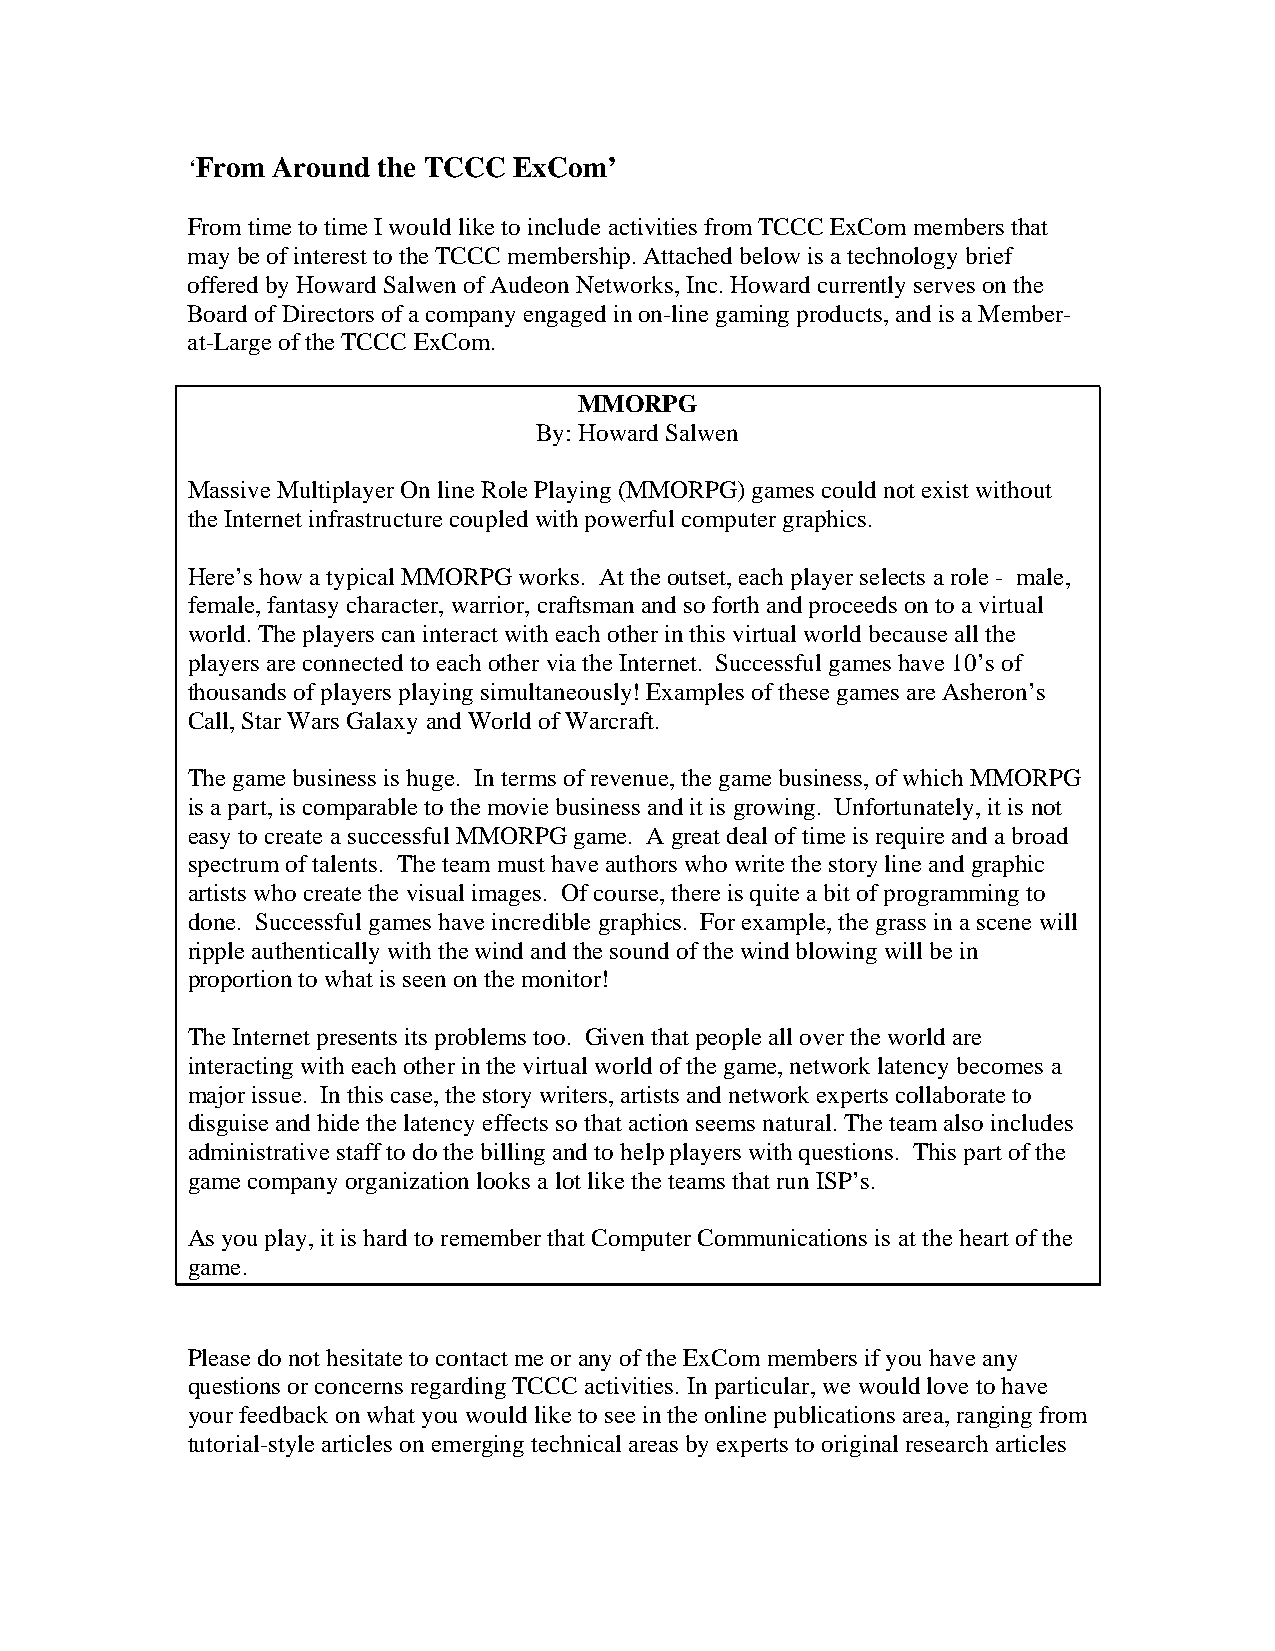
‘From Around the TCCC ExCom’
 From time to time I would like to include activities from TCCC ExCom members that
 may be of interest to the TCCC membership. Attached below is a technology brief
 offered by Howard Salwen of Audeon Networks, Inc. Howard currently serves on the
 Board of Directors of a company engaged in on-line gaming products, and is a Member-
 at-Large of the TCCC ExCom.
 MMORPG
 By: Howard Salwen
 Massive Multiplayer On line Role Playing (MMORPG) games could not exist without
 the Internet infrastructure coupled with powerful computer graphics.
 Here’s how a typical MMORPG works. At the outset, each player selects a role - male,
 female, fantasy character, warrior, craftsman and so forth and proceeds on to a virtual
 world. The players can interact with each other in this virtual world because all the
 players are connected to each other via the Internet. Successful games have 10’s of
 thousands of players playing simultaneously! Examples of these games are Asheron’s
 Call, Star Wars Galaxy and World of Warcraft.
 The game business is huge. In terms of revenue, the game business, of which MMORPG
 is a part, is comparable to the movie business and it is growing. Unfortunately, it is not
 easy to create a successful MMORPG game. A great deal of time is require and a broad
 spectrum of talents. The team must have authors who write the story line and graphic
 artists who create the visual images. Of course, there is quite a bit of programming to
 done. Successful games have incredible graphics. For example, the grass in a scene will
 ripple authentically with the wind and the sound of the wind blowing will be in
 proportion to what is seen on the monitor!
 The Internet presents its problems too. Given that people all over the world are
 interacting with each other in the virtual world of the game, network latency becomes a
 major issue. In this case, the story writers, artists and network experts collaborate to
 disguise and hide the latency effects so that action seems natural. The team also includes
 administrative staff to do the billing and to help players with questions. This part of the
 game company organization looks a lot like the teams that run ISP’s.
 As you play, it is hard to remember that Computer Communications is at the heart of the
 game.
 Please do not hesitate to contact me or any of the ExCom members if you have any
 questions or concerns regarding TCCC activities. In particular, we would love to have
 your feedback on what you would like to see in the online publications area, ranging from
 tutorial-style articles on emerging technical areas by experts to original research articles